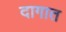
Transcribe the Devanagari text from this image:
दागात